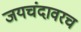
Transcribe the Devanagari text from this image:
जयचंदावरच